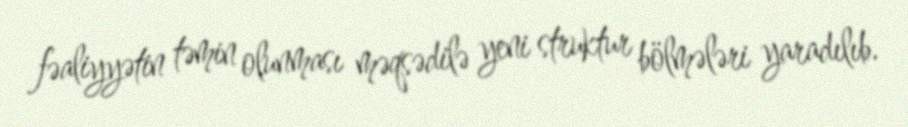
fəaliyyətin təmin olunması məqsədilə yeni struktur bölmələri yaradılıb.